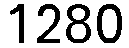
1280